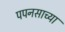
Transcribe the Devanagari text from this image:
पपनसाच्या